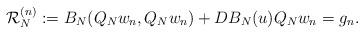
LaTeX: \begin{align*} \mathcal{R}_{N}^{(n)}:=B_N(Q_Nw_n,Q_Nw_n)+DB_N(u)Q_Nw_n=g_n. \end{align*}